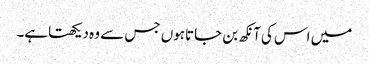
میں اس کی آنکھ بن جاتاہوں جس سے وہ دیکھتاہے۔